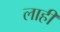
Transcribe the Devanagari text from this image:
लाहीं